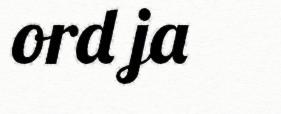
ord ja